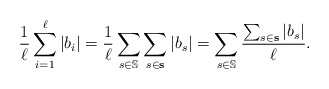
\begin{align*}\frac{1}{\ell}\sum_{i=1}^{\ell} |b_i| = \frac{1}{\ell} \sum_{s\in\mathbb{S}} \sum_{s\in\mathbf{s}} |b_s| = \sum_{s\in\mathbb{S}}\frac{\sum_{s\in\mathbf{s}} |b_s|}{\ell}.\end{align*}